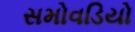
સમોવડિયો